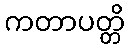
ကတာပတ္တိ